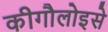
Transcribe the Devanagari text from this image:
कीगौलोइसे